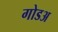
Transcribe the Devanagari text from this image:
गोडअ